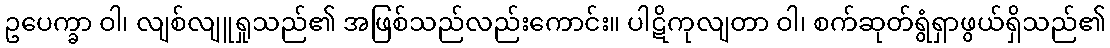
ဥပေက္ခာ ဝါ၊ လျစ်လျူရှုသည်၏ အဖြစ်သည်လည်းကောင်း။ ပါဋိကုလျတာ ဝါ၊ စက်ဆုတ်ရွံရှာဖွယ်ရှိသည်၏